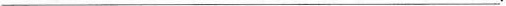
___